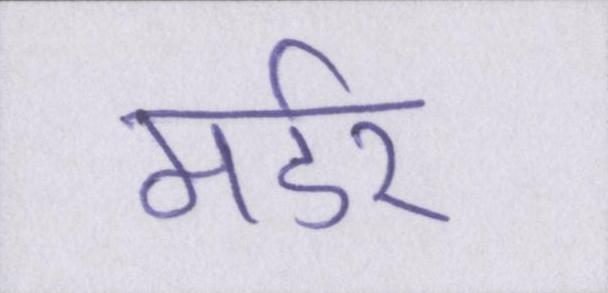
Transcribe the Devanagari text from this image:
मर्डर